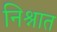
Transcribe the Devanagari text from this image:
निश्नात